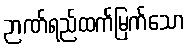
ဉာဏ်ရည်ထက်မြက်သော